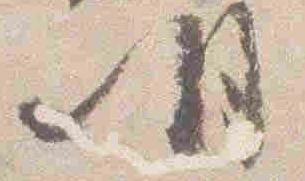
明